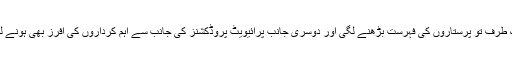
ایک طرف تو پرستاروں کی فہرست بڑھنے لگی اور دوسری جانب پرائیویٹ پروڈکشنز کی جانب سے اہم کرداروں کی آفرز بھی ہونے لگی۔